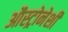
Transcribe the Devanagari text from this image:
औस्ट्रोनेशी